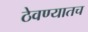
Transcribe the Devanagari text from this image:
ठेवण्यातच